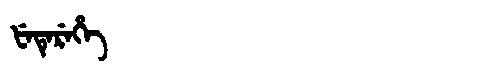
Manchu: ᡶᡝᡨᡝᡵᡝᡥᡝ
Romanization: FETEREHE